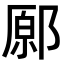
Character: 𨝂